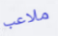
ملاعب